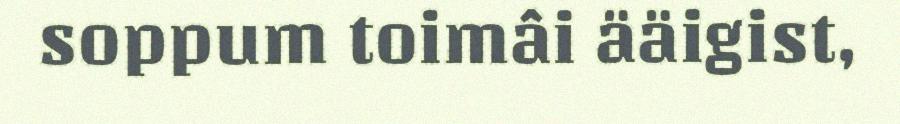
soppum toimâi ääigist,